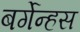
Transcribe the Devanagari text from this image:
बर्गेन्हस